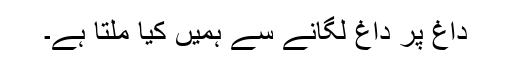
داغ پر داغ لگانے سے ہمیں کیا ملتا ہے۔